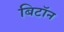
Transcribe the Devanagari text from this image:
बिटॉन